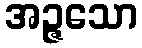
အဉ္ဇသော